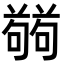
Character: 𭋘